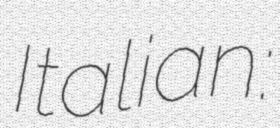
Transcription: Italian: